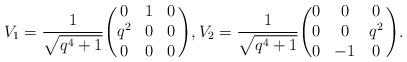
LaTeX: \begin{align*} V_1 = \frac{1}{\sqrt{q^4+1}} \Biggl( \begin{matrix} 0 & 1 & 0 \\ q^2 & 0 & 0 \\ 0 & 0 & 0 \end{matrix} \, \Biggr) , V_2 = \frac{1}{\sqrt{q^4+1}} \Biggl( \begin{matrix} 0 & 0 & 0 \\ 0 & 0 & q^2 \\ 0 & -1 & 0 \end{matrix} \, \Biggr) .\end{align*}